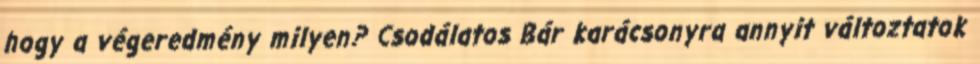
hogy a végeredmény milyen? Csodálatos Bár karácsonyra annyit változtatok